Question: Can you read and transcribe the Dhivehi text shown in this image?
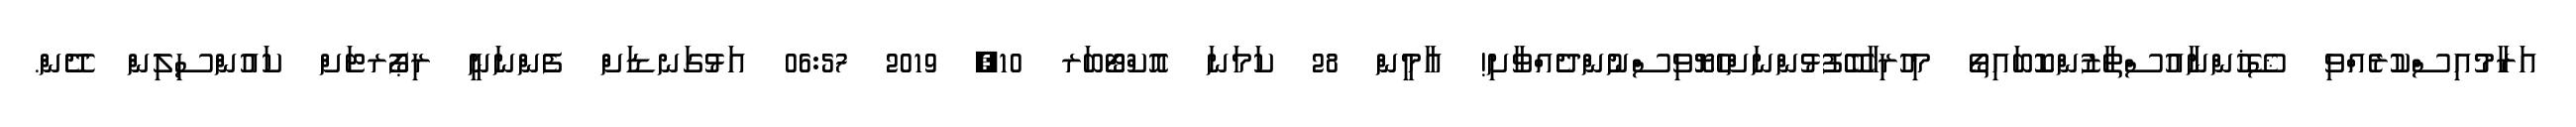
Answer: އަރާމުއިސްކުރެއްވި ޝޭޚުންނާއުސްތާޒުންކޮބައިތޯ މިހުރިހާބޭފުޅުންނަށްހެޔޮވިސްނުންދެއްވާށި! އާމީން 28 ކަމަނަ އޮކްޓޯބަރ 10, 2019 06:57 އަޅުގަނޑަށް ފެންނަނީ ރިޕޯރޓަށް ކައުންސިލިން ދޭން.